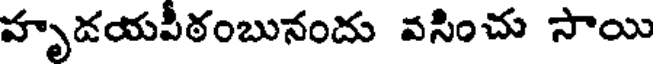
హృడయపీఠంబునందు వసించు సాయి